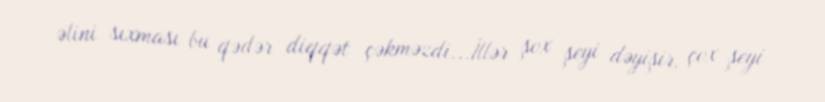
əlini sıxması bu qədər diqqət çəkməzdi...İllər şox şeyi dəyişir, çox şeyi